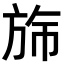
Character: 𬀂